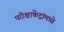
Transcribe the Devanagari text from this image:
परीक्षाकेंद्रांमध्ये